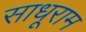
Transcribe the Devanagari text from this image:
साधूराम